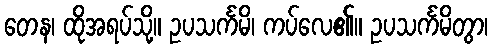
တေန၊ ထိုအရပ်သို့။ ဥပသင်္ကမိ၊ ကပ်လေ၏။ ဥပသင်္ကမိတွာ၊